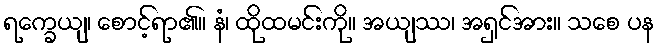
ရက္ခေယျ၊ စောင့်ရာ၏။ နံ၊ ထိုထမင်းကို။ အယျဿ၊ အရှင်အား။ သစေ ပန